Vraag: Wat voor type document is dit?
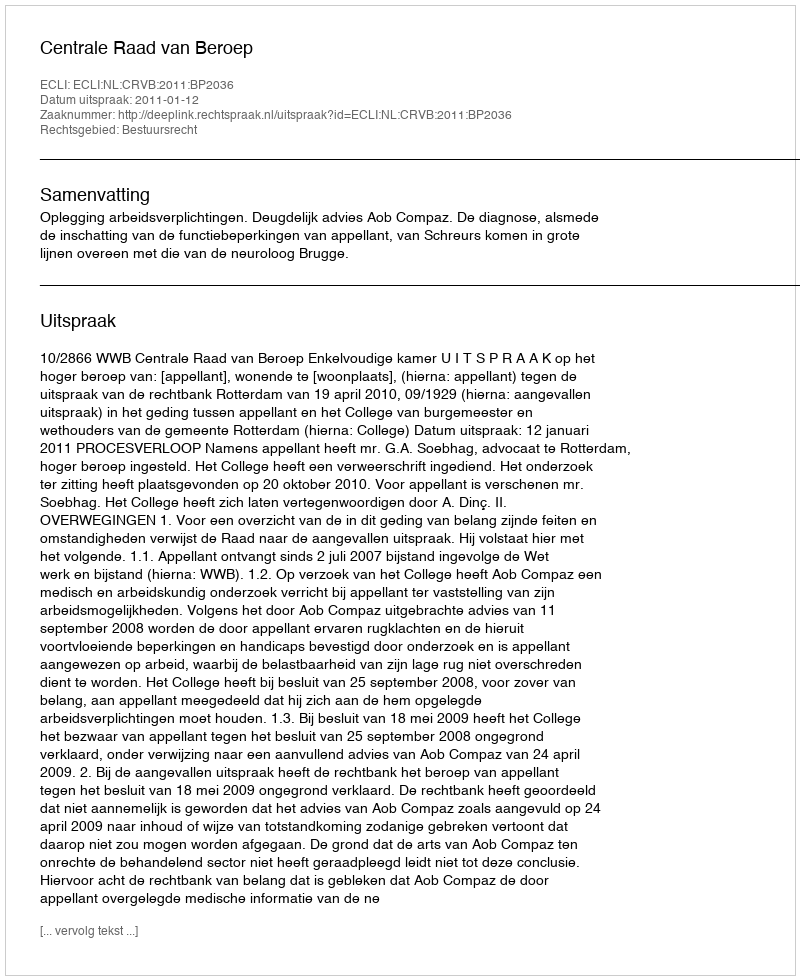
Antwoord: Uitspraak